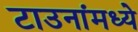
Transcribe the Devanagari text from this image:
टाउनांमध्ये